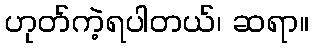
ဟုတ်ကဲ့ရပါတယ်၊ ဆရာ။